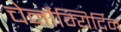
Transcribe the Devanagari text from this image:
चेर्नोम्यिर्दिन